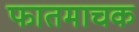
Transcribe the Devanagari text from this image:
फातमाचक